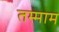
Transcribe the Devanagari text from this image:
तम्माम